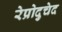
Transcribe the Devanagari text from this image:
रेप्रोदुचेद